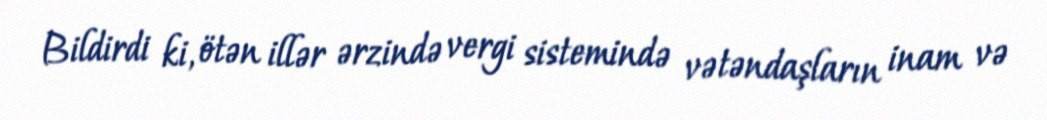
Bildirdi ki, ötən illər ərzində vergi sistemində vətəndaşların inam və